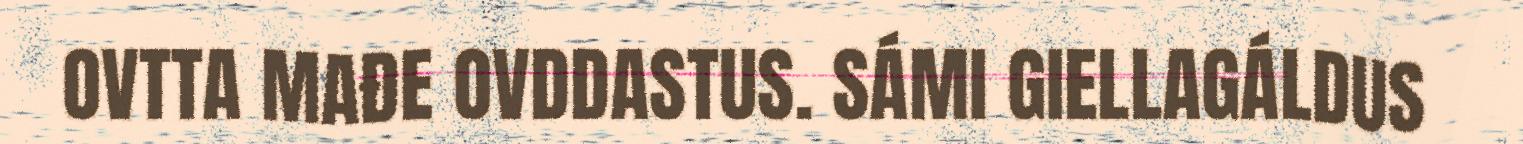
OVTTA MAĐE OVDDASTUS. SÁMI GIELLAGÁLDUS